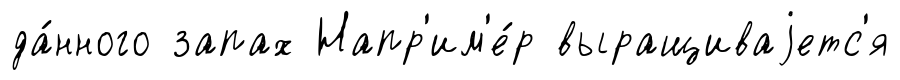
да́нного запах Напр'им'е́р выращиваjетс'я